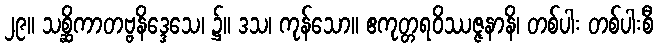
၂၉။ သစ္ဆိကာတဗ္ဗနိဒ္ဒေသေ၊ ၌။ ဒသ၊ ကုန်သော။ ဧကုတ္တရဝိဿဇ္ဇနာနိ၊ တစ်ပါး တစ်ပါးစီ